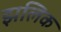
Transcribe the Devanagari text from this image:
झलिक